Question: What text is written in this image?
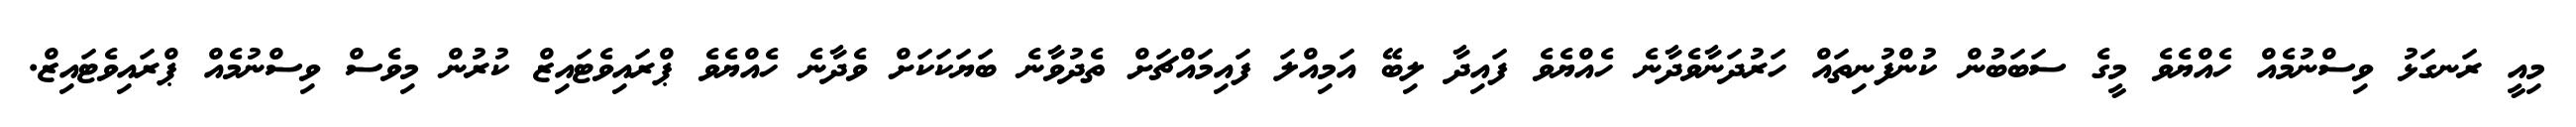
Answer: މިއީ ރަނގަޅު ވިސްނުމެއް ހެއްޔެވެ މީގެ ސަބަބުން ކުންފުނިތައް ހަރުދަނާވެދާނެ ހެއްޔެވެ ފައިދާ ލިބޭ އަމިއްލަ ފައިމައްޗަށް ތެދުވާނެ ބަޔަކަކަށް ވެދާނެ ހެއްޔެވެ ޕްރައިވެޓައިޒް ކުރުން މިވެސް ވިސްނުމެއް ޕްރައިވެޓައިޒް.